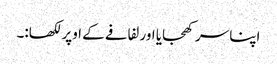
اپنا سر کھجایا اور لفافے کے اوپر لکھا:۔